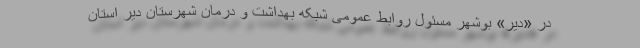
در «دیر» بوشهر مسئول روابط عمومی شبکه بهداشت و درمان شهرستان دیر استان